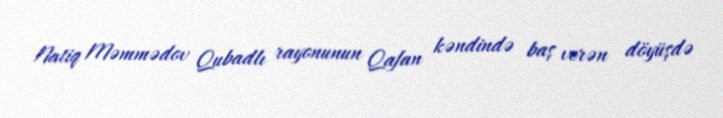
Natiq Məmmədov Qubadlı rayonunun Qafan kəndində baş verən döyüşdə